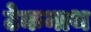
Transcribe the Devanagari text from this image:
टेकनाथ